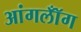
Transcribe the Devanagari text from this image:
आंगलॉँग